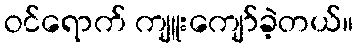
ဝင်ရောက် ကျူးကျော်ခဲ့တယ်။